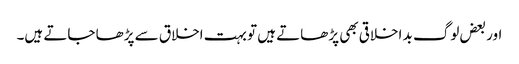
اور بعض لوگ بد اخلاقی بھی پڑھاتے ہیں تو بہت اخلاق سے پڑھا جاتے ہیں۔